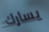
يسارك